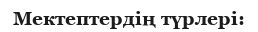
Мектептердің түрлері: